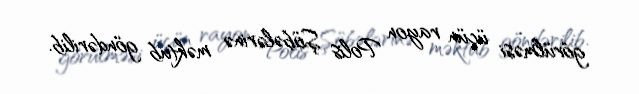
görülməsi üçün rayon Polis Şöbələrinə məktub göndərilib.